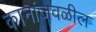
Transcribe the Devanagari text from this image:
कानांजवळील